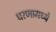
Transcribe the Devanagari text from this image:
धरणामध्ये